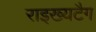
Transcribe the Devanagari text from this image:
राइख्यटैग